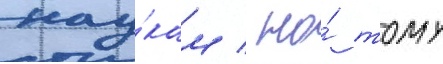
нау́кам / но́ тому